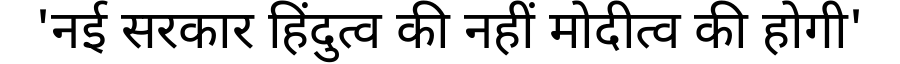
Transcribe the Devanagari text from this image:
'नई सरकार हिंदुत्व की नहीं मोदीत्व की होगी'